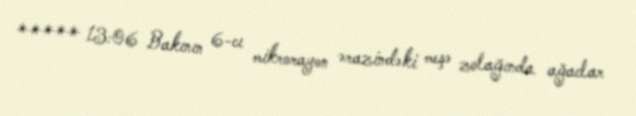
***** 13:06 Bakının 6-cı mikrorayon ərazindəki meşə zolağında ağaclar